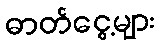
ဓာတ်ငွေ့များ